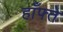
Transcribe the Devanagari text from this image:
हाँफ्ते